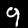
Digit: 9